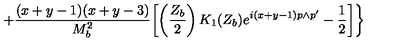
+ \frac { ( x + y - 1 ) ( x + y - 3 ) } { M _ { b } ^ { 2 } } \biggl [ \left( \frac { Z _ { b } } { 2 } \right) K _ { 1 } ( Z _ { b } ) e ^ { i ( x + y - 1 ) p \wedge p ^ { \prime } } - \frac { 1 } { 2 } \biggr ] \biggr \}